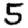
Digit: 5